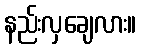
နည်းလှချေလား။